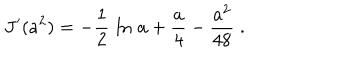
J ^ { \prime } ( a ^ { 2 } ) = - { \frac { 1 } { 2 } } \, \ln \, a + { \frac { a } { 4 } } - { \frac { a ^ { 2 } } { 4 8 } } \; .